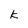
Character: k